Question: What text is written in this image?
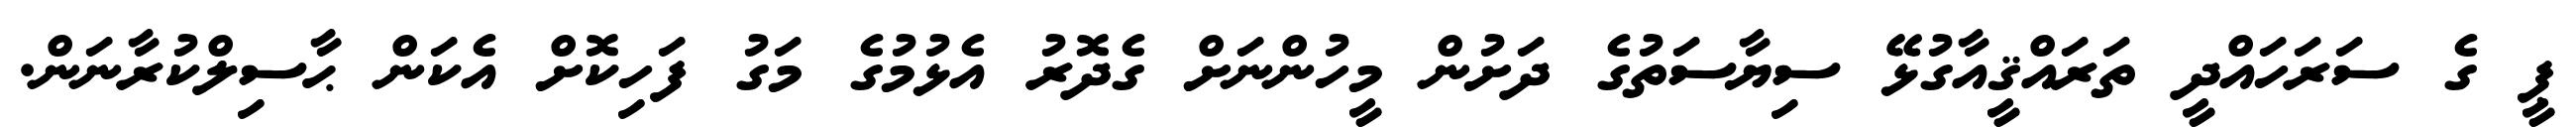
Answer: ޕީ ގެ ސަރަހައްދީ ތަރައްޤީއާގުޅޭ ސިޔާސަތުގެ ދަށުން މީހުންނަށް ގެދޮރު އެޅުމުގެ މަގު ފަހިކޮށް އެކަން ޙާސިލްކުރާނަން.